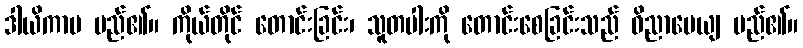
ဒါယိကာမ မည်၏။ ကိုယ်တိုင် တောင်းခြင်း၊ သူတပါးကို တောင်းစေခြင်းသည် ဝိညာပေယျ မည်၏။